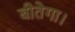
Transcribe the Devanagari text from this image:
बीतेगा।